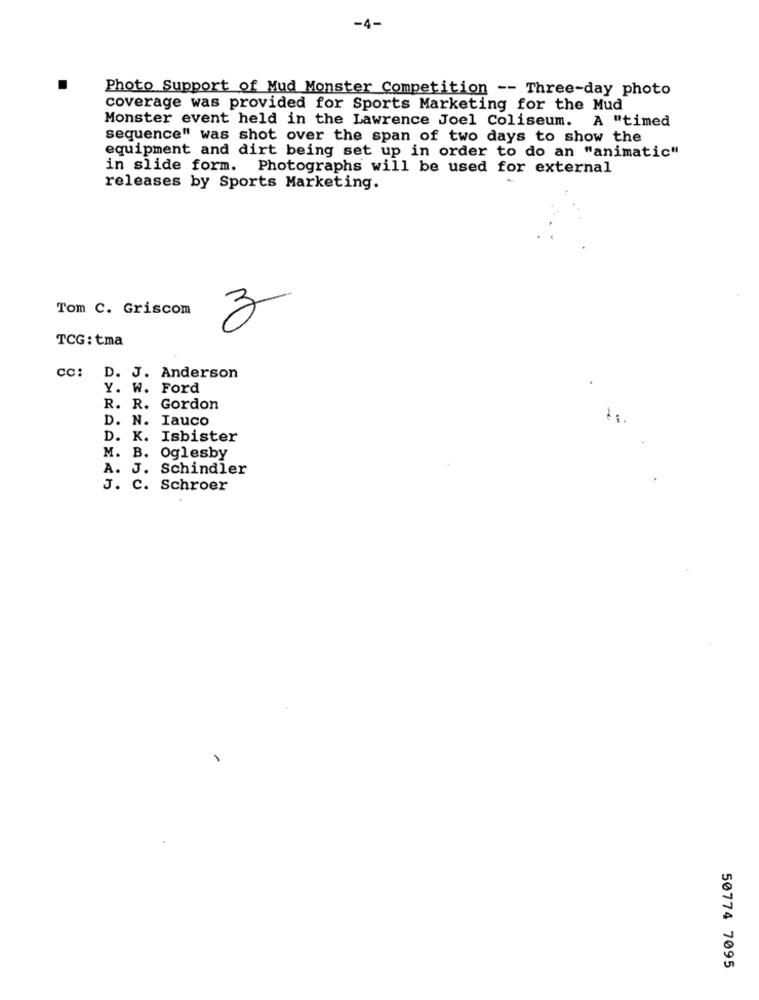
-4-
Photo Support of Mud Monster Competition -- Three-day photo
coverage was provided for Sports Marketing for the Mud
Monster event held in the Lawrence Joel Coliseum. A "timed
sequence" was shot over the span of two days to show the
equipment and dirt being set up in order to do an "animatic"
in slide form. Photographs will be used for external
releases by Sports Marketing.
Tom C. Griscom
3
TCG:tma
cc: D. J. Anderson
Y. W. Ford
R. R. Gordon
D. N. Iauco
D. K. Isbister
M. B. Oglesby
A. J. Schindler
J. C. Schroer
50774 7095